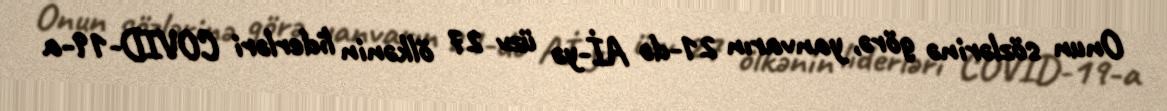
Onun sözlərinə görə, yanvarın 21-də Aİ-yə üzv 27 ölkənin liderləri COVID-19-a